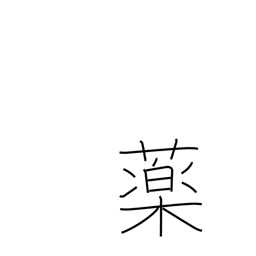
Meaning: enamel